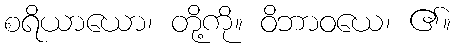
စရိယာယော၊ တို့ကို။ ဝိဘာဝယေ၊ ၏။